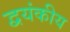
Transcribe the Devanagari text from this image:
द्वयंकीय